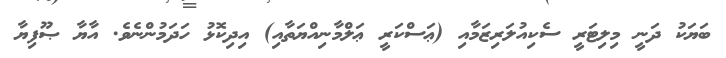
ބަޔަކު ދަނީ މިލިޓަރީ ސެކިއުލަރިޒަމާއި (ޢަސްކަރީ ޢަލްމާނިއްޔަތާއި) އިދިކޮޅު ހަދަމުންނެވެ. އާޔާ ޞޫފިޔާ